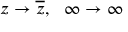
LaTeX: z \rightarrow { \overline { { z } } } , \ \ \infty \rightarrow \infty \quad